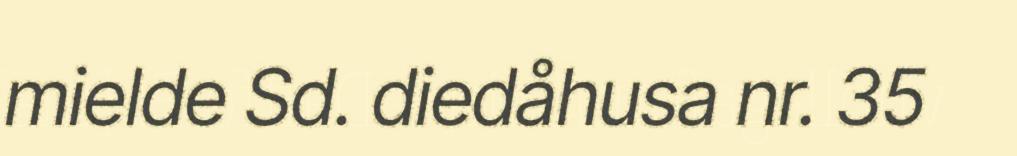
mielde Sd. diedåhusa nr. 35